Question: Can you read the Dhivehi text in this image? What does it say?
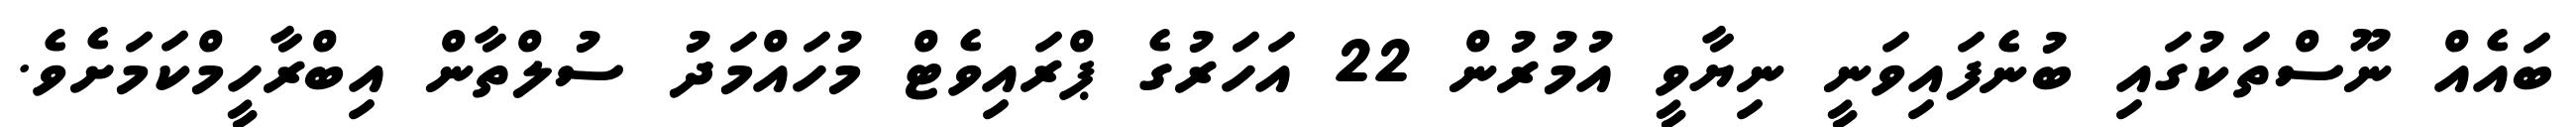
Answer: ބައެއް ނޫސްތަކުގައި ބުނެފައިވަނީ ނިޔާވީ އުމުރުން 22 އަހަރުގެ ޕްރައިވެޓް މުހައްމަދު ސުލްތާން އިބްރާހީމްކަމަށެވެ.